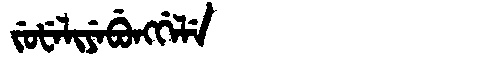
Manchu: ᠵᡠᡶᡝᠯᡳᠶᡝᠪᡠᠩᡤᡝᠯᡝ
Romanization: JUFELIYEBUNGGELE